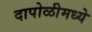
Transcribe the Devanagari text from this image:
दापोळीमध्ये